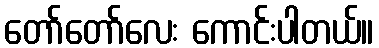
တော်တော်လေး ကောင်းပါတယ်။